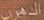
الدهون